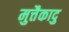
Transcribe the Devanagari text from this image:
मुत्तैकादु